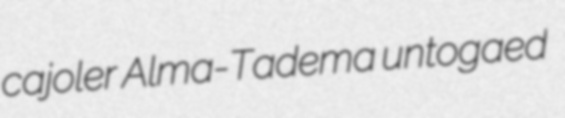
cajoler Alma-Tadema untogaed